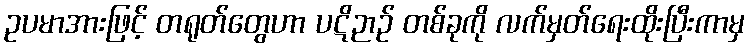
ဥပမာအားဖြင့် တရုတ်တွေဟာ ပဋိဉာဉ် တစ်ခုကို လက်မှတ်ရေးထိုးပြီးကာမှ